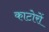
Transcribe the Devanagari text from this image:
काटोरों